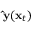
\mathbf { \hat { y } } ( \mathbf { x } _ { t } )